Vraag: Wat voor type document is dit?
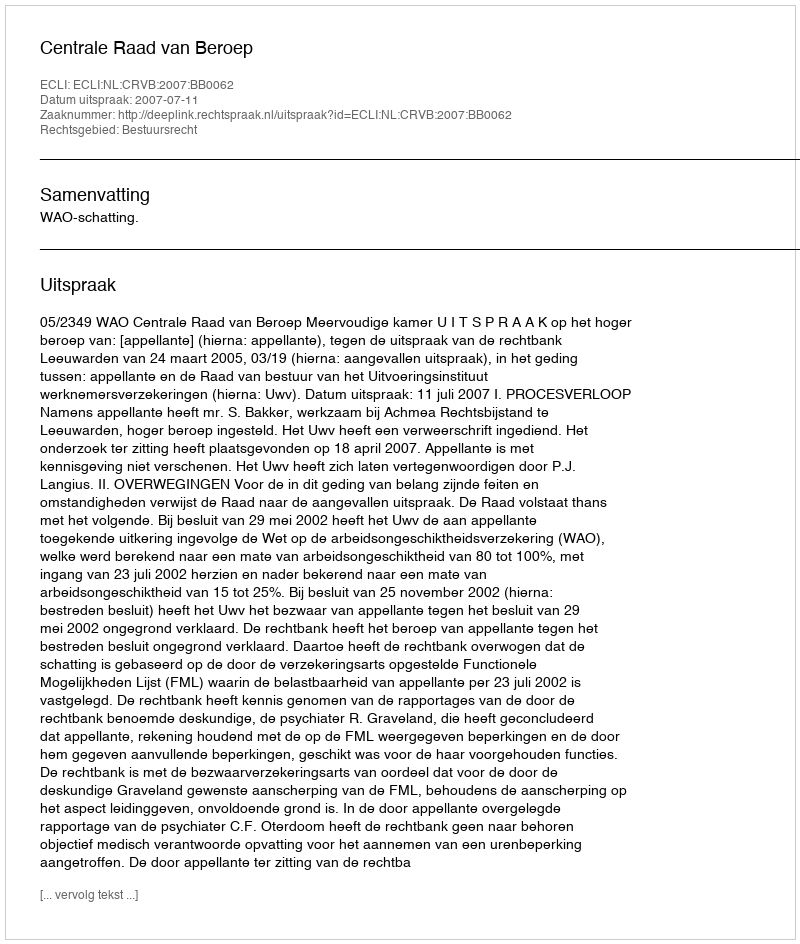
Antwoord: Uitspraak